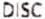
DISC